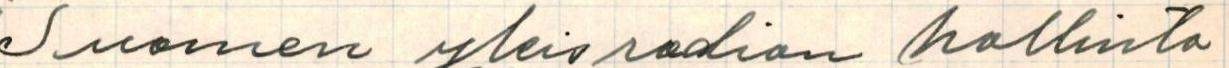
Suomen yleisradion hallinto